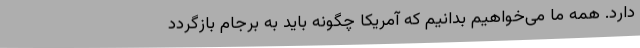
دارد. همه ما می‌خواهیم بدانیم که آمریکا چگونه باید به برجام بازگردد